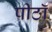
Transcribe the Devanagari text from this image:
पीठॉ